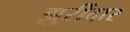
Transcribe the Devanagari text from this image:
झुरींदार